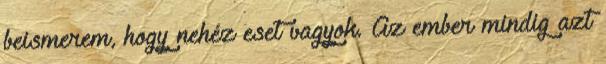
beismerem, hogy nehéz eset vagyok. Az ember mindig azt